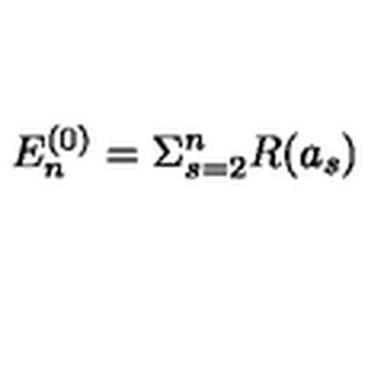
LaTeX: E _ { n } ^ { ( 0 ) } = \Sigma _ { s = 2 } ^ { n } R ( a _ { s } )